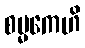
စမ္မကေဟိ